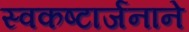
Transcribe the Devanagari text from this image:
स्वकष्टार्जनाने